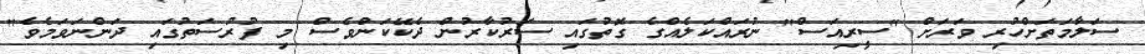
ސަލާމަތަށްހުރި ވަރަށް "ސީރިއަސް" ނުރައްކަލެއްގެ ގޮތުގައި ސަރުކާރުން ދެކޭކަންވެސް މި ފުރުސަތުގައި ދަންނަވަމެވެ"